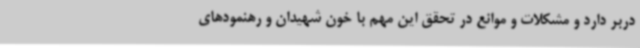
دربر دارد و مشکلات و موانع در تحقق این مهم با خون شهیدان و رهنمودهای